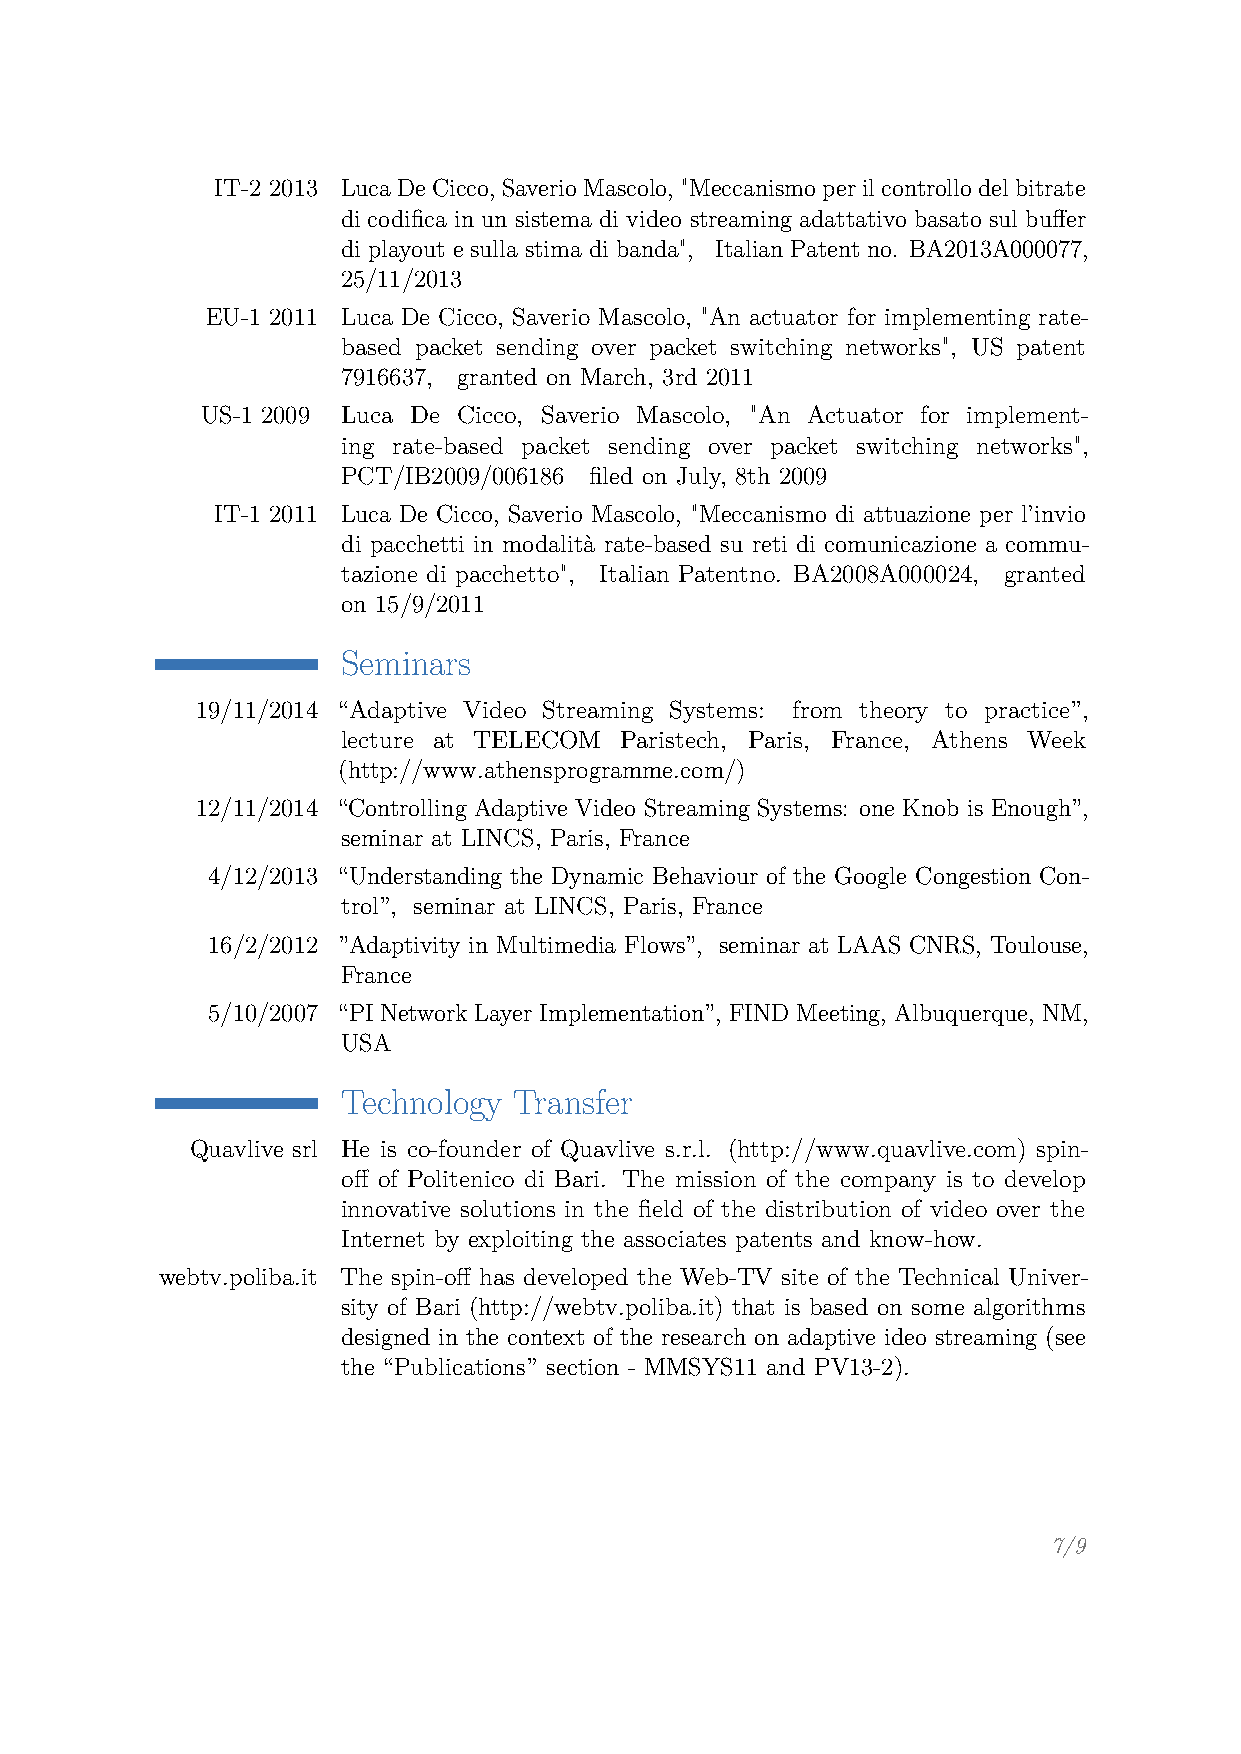
IT-2 2013 LucaDeCicco, SaverioMascolo, "Meccanismoperilcontrollodelbitrate
 di codifica in un sistema di video streaming adattativo basato sul buffer
 di playout e sulla stima di banda", Italian Patent no. BA2013A000077,
 25/11/2013
 EU-1 2011 Luca De Cicco, Saverio Mascolo, "An actuator for implementing rate-
 based packet sending over packet switching networks", US patent
 7916637, granted on March, 3rd 2011
 US-1 2009 Luca De Cicco, Saverio Mascolo, "An Actuator for implement-
 ing rate-based packet sending over packet switching networks",
 PCT/IB2009/006186 filed on July, 8th 2009
 IT-1 2011 Luca De Cicco, Saverio Mascolo, "Meccanismo di attuazione per l’invio
 di pacchetti in modalità rate-based su reti di comunicazione a commu-
 tazione di pacchetto", Italian Patentno. BA2008A000024, granted
 on 15/9/2011
 Seminars
 19/11/2014 “Adaptive Video Streaming Systems: from theory to practice”,
 lecture at TELECOM Paristech, Paris, France, Athens Week
 (http://www.athensprogramme.com/)
 12/11/2014 “Controlling Adaptive Video Streaming Systems: one Knob is Enough”,
 seminar at LINCS, Paris, France
 4/12/2013 “Understanding the Dynamic Behaviour of the Google Congestion Con-
 trol”, seminar at LINCS, Paris, France
 16/2/2012 ”Adaptivity in Multimedia Flows”, seminar at LAAS CNRS, Toulouse,
 France
 5/10/2007 “PI Network Layer Implementation”, FIND Meeting, Albuquerque, NM,
 USA
 Technology Transfer
 Quavlive srl He is co-founder of Quavlive s.r.l. (http://www.quavlive.com) spin-
 off of Politenico di Bari. The mission of the company is to develop
 innovative solutions in the field of the distribution of video over the
 Internet by exploiting the associates patents and know-how.
 webtv.poliba.it The spin-off has developed the Web-TV site of the Technical Univer-
 sity of Bari (http://webtv.poliba.it) that is based on some algorithms
 designed in the context of the research on adaptive ideo streaming (see
 the “Publications” section - MMSYS11 and PV13-2).
 7/9